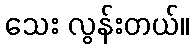
သေး လွန်းတယ်။